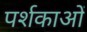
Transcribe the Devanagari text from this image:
पर्शकाओं